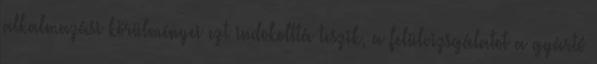
alkalmazási körülményei ezt indokolttá teszik, a felülvizsgálatot a gyártó